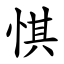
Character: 㥍